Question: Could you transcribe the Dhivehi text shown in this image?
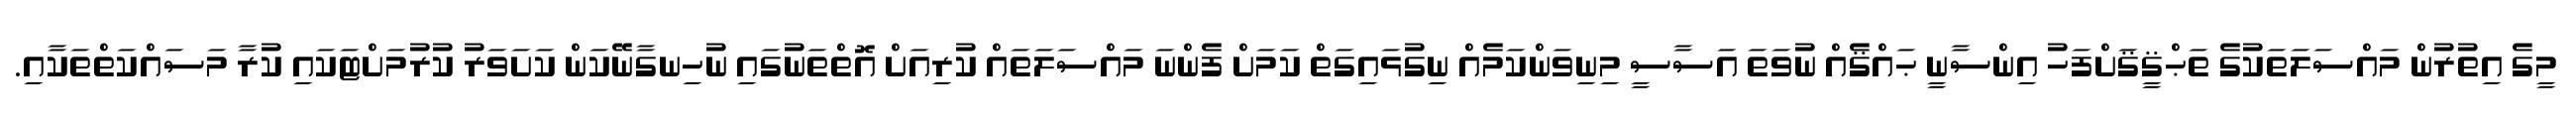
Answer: މީގެ އިތުރުން މައްސަލަތަކުގެ ތަޙްޤީޤަށްފަހު އިންސާނީ ޙައްޤެއް ނުވަތަ އަސާސީ މިނިވަންކަމެއް ނިގުޅައިގަތް ކަމަށް ފެންނަ މައްސަލަތައް ކުރިއަށް އޮތްތަނުގައި ނުހިނގާނޭކަން ކަށަވަރު ކުރުމަށްޓަކައި ކުރާ މަސައްކަތްތަކާއި.